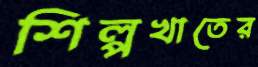
শিল্পখাতের